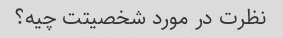
نظرت در مورد شخصیتت چیه؟